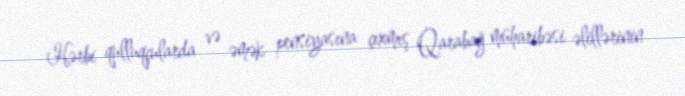
Hərbi qulluqçularda və əmək pensiyasına çıxmış Qarabağ müharibəsi əlillərinin